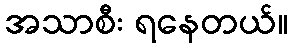
အသာစီး ရနေတယ်။